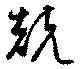
兢